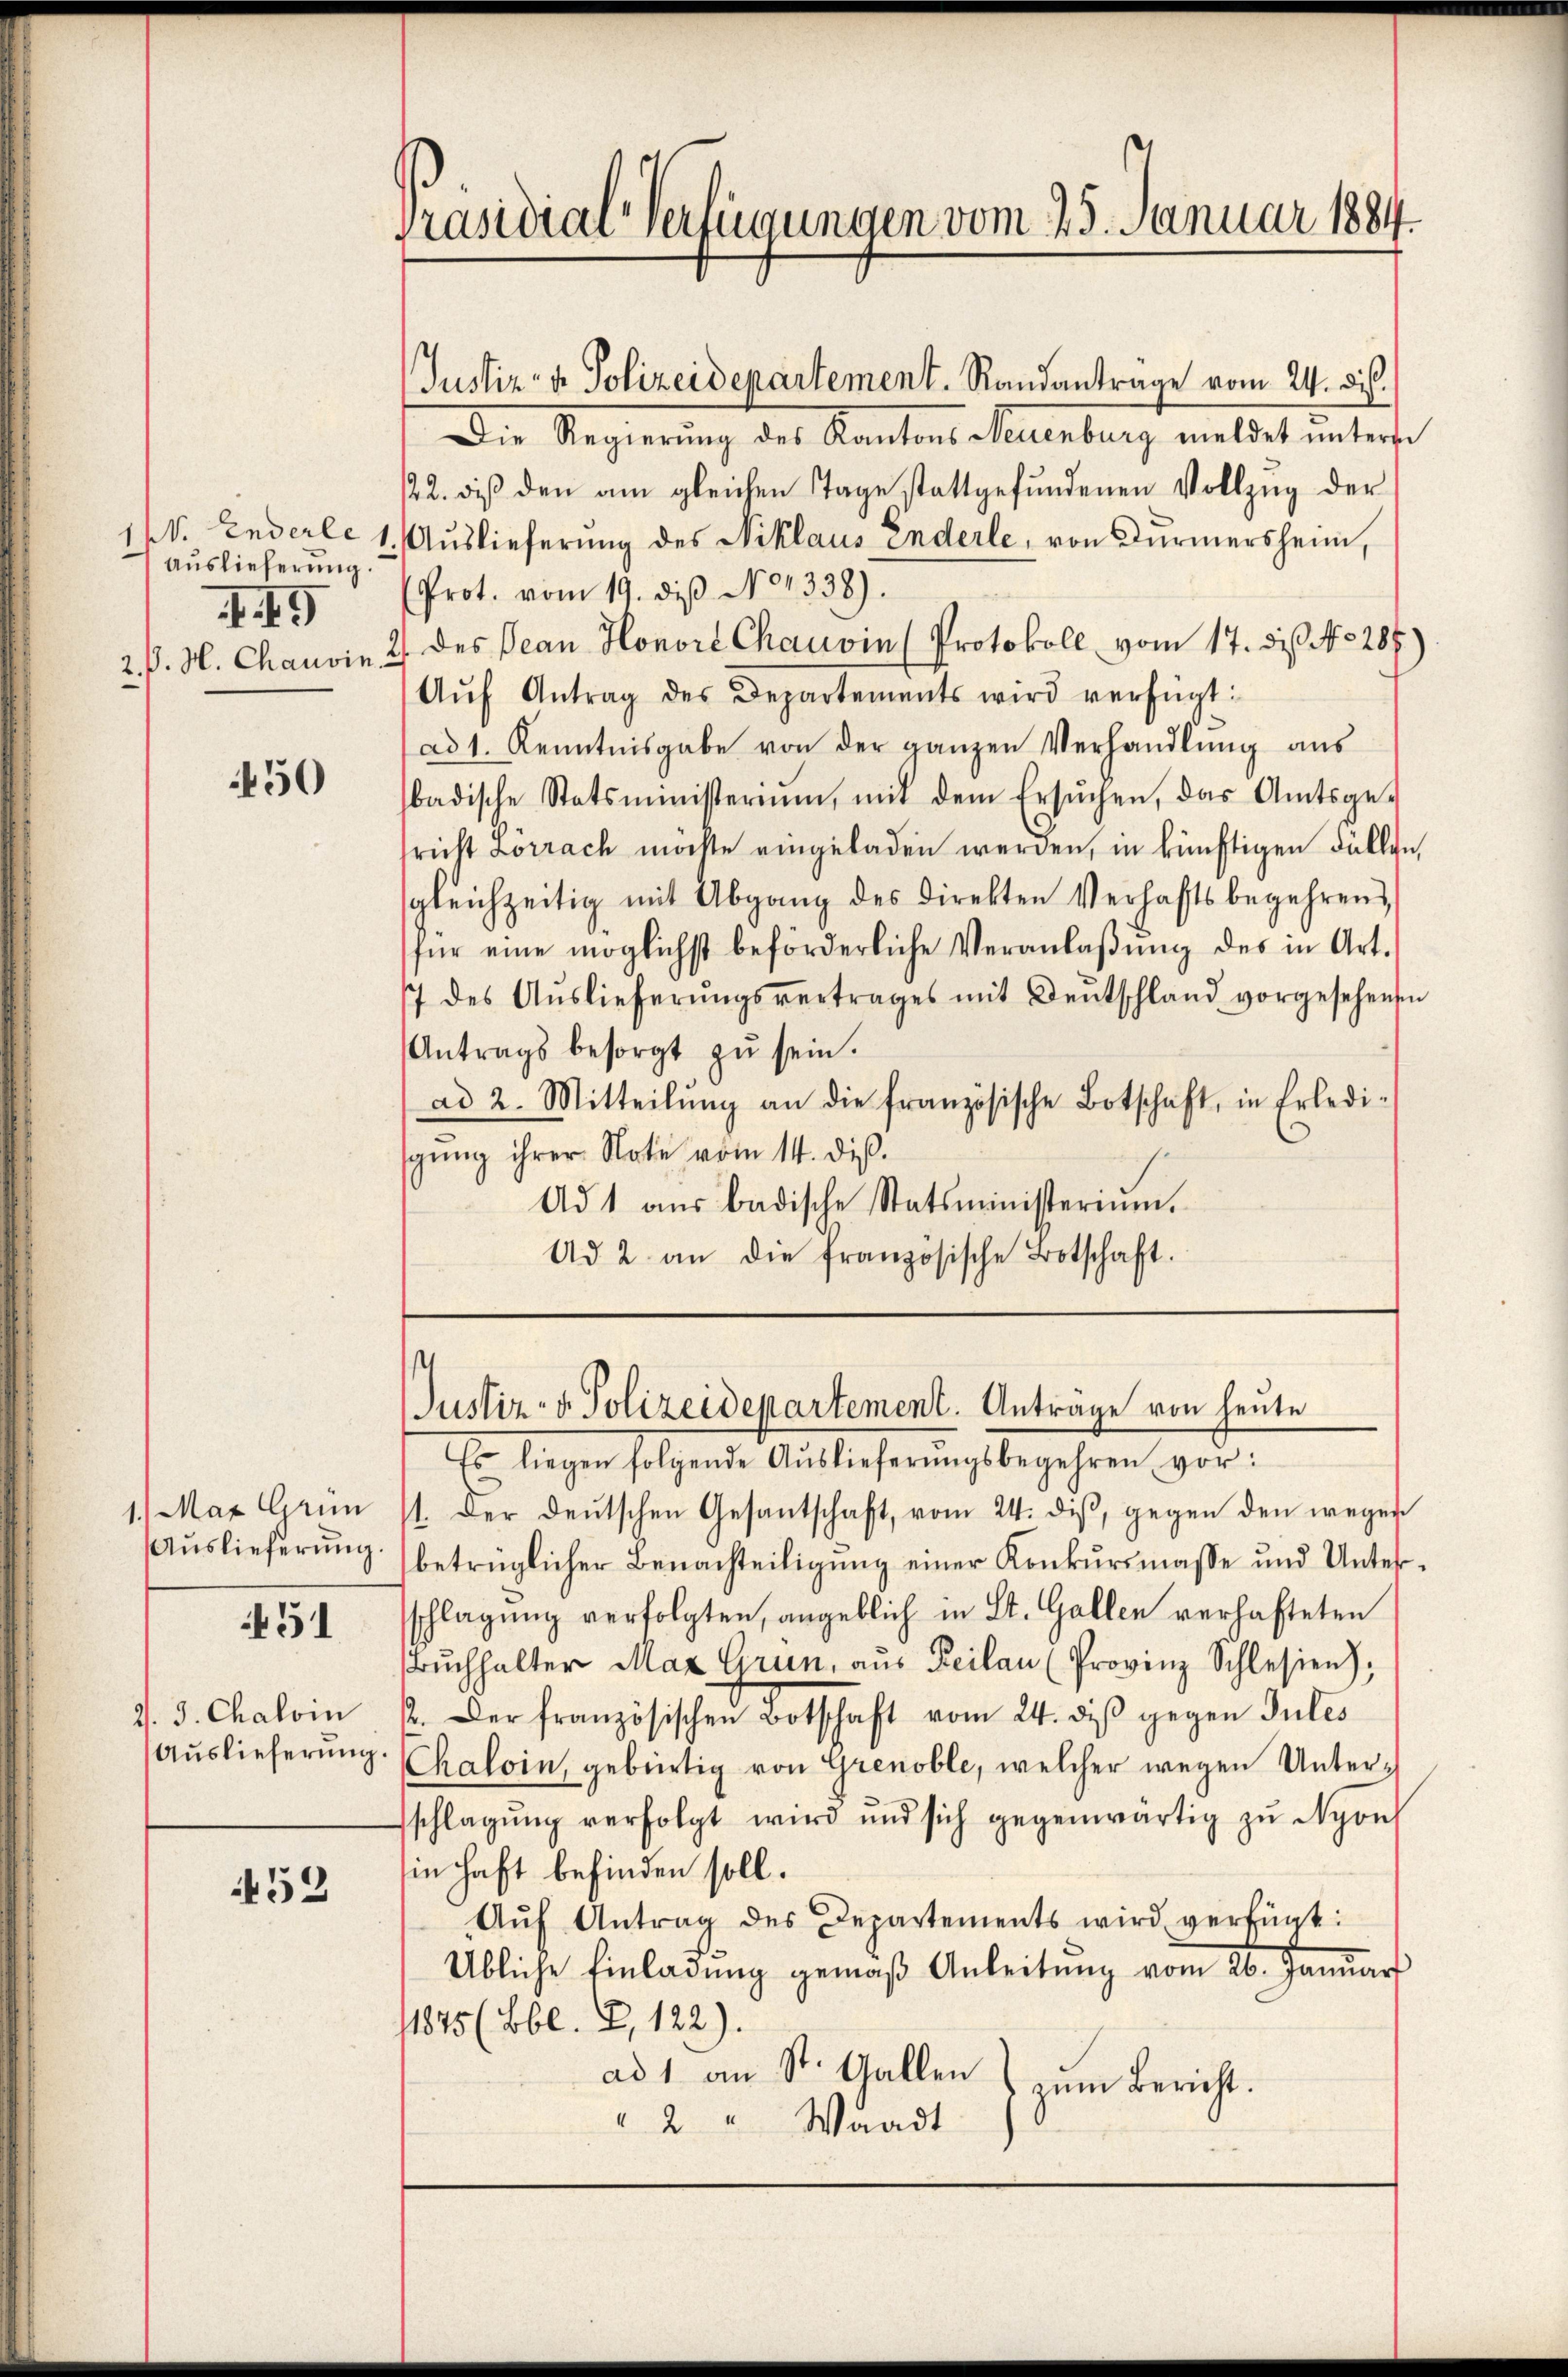
Auslieferung.
.I9

450

1.) Mar Grün

451

J. J. Chaloin
Auslieferung

f52

Präsidial-Verfügungen vom 25. Januar 1884.

Justiz- & Polizeidepartement. Randanträge vom 24. di
Die Regierung des Kantons Neuenburg meldet unterm
22. dis den am gleichen Tage stattgefundenen Vollzug der
sv. Enderle 1. Auslieferung des Niklaus Enderle, von Dürmersheim,
Prot. vom 19. diβ No 1338).
2. P. M. Chauvin 2 des Dean Honore Chauvin (Protokoll vom 17. die No 287.)
Aŭf Antrag des Departements wird verfügt:
ad 1. Kenntnisgabe von der ganzen Verhandlŭng aus
badische Statsministerium, mit dem Ersŭchen, das Amtsge-
richt Lörrach möchte eingeladen werden, in künftigen Fällen,
sgleichzeitig mit Abgang des Direkten Verhaftsbegehrend
für eine möglichst beförderliche Veranlaβŭng des in Art.
7 des Aŭslieferŭngsvertrages mit Deutschland vorgesehensen
Antrags besorgt zŭ sein.
ad 2. Mitteilŭng an die französische Botschaft, in Erledi-
gŭng ihrer Note vom 14. diß.
Ad 1 aŭs badische Statsministerium.
Ad 2. an die französische Botschaft.

Justiz- & Polizeidepartement. Anträge von heute

Es liegen folgende Auslieferŭngsbegehren vor:
1. Der deutschen Gesantschaft, vom 24. diß, gegen den wegen
Aŭslieferŭng betrüglicher Benachteiligŭng einer Konkursmasse und Unter-
sschlagung verfolgten, angeblich in St. Gallen verhafteten
Bŭchhalter Max Grün, aŭs Beilan (Provinz Schlesien),
. Der französischen Botschaft vom 24. diβ gegen Jules
Kaloin, gebürtig von Grenoble, welcher wegen Unterschlagŭng verfolgt wird und sich gegenwärtig zŭ Nyonh
sin haft befinden soll.
Aŭf Antrag des Departements wird verfügt:
Übliche Einladung gemäβ Anleitŭng vom 26. Januar
1875 (Bbl. C, 122).
ad 1 an St. Gallen
zum Bericht.
" 2 " Waadt